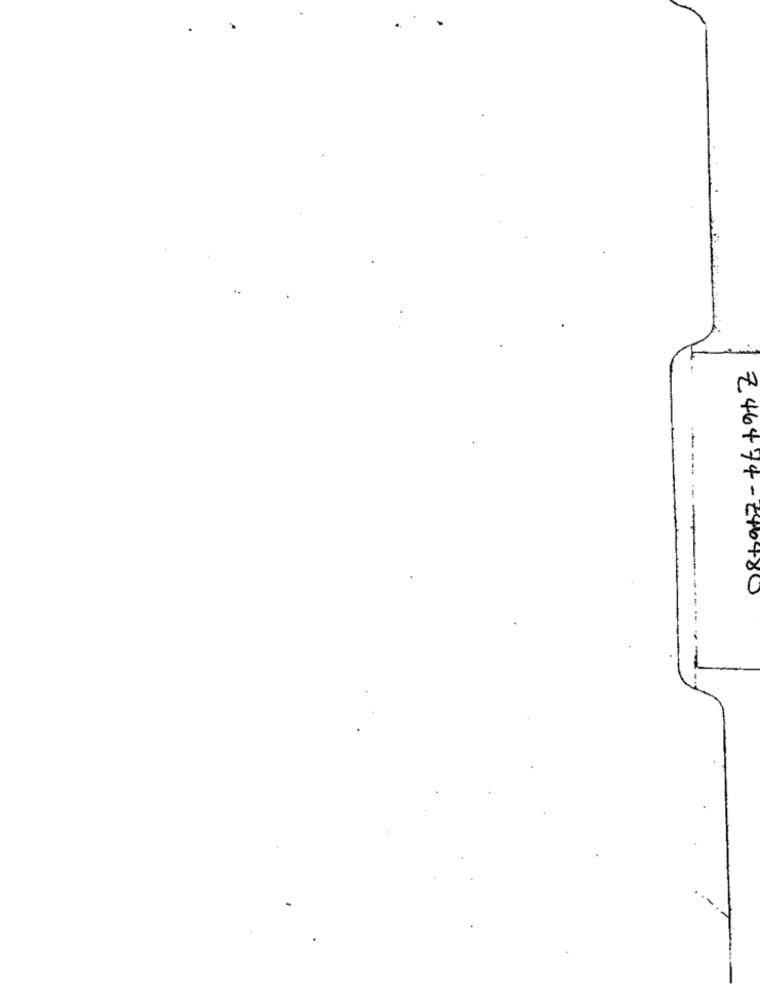
-----
Z 46474-246480